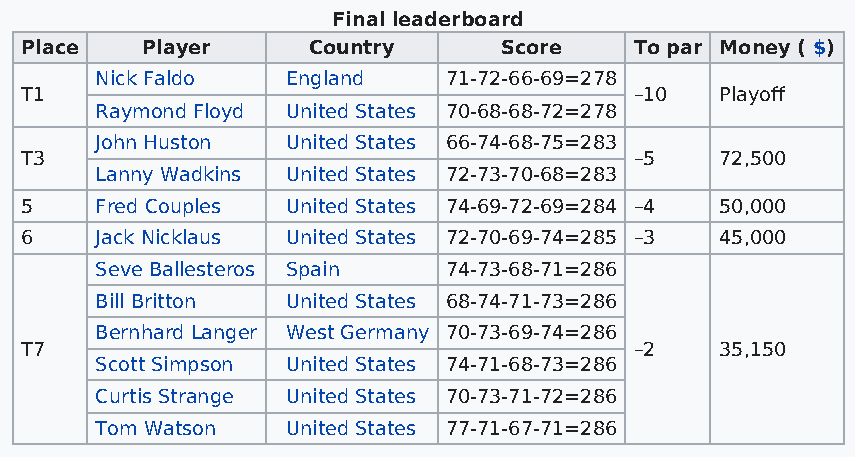
Final leaderboard
 Place   Player     Country      Score    To par Money ( $)
 Nick Faldo   England   71-72-66-69=278
 T1                                       –10   Playoff
 Raymond Floyd United States 70-68-68-72=278
 John Huston  United States 66-74-68-75=283
 T3                                       –5    72,500
 Lanny Wadkins United States 72-73-70-68=283
 5    Fred Couples United States 74-69-72-69=284 –4 50,000
 6    Jack Nicklaus United States 72-70-69-74=285 –3 45,000
 Seve Ballesteros Spain 74-73-68-71=286
 Bill Britton United States 68-74-71-73=286
 Bernhard Langer West Germany 70-73-69-74=286
 T7                                       –2    35,150
 Scott Simpson United States 74-71-68-73=286
 Curtis Strange United States 70-73-71-72=286
 Tom Watson   United States 77-71-67-71=286